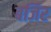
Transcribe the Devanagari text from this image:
बजिर